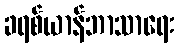
ခရစ်ယာန်ဘာသာရေး